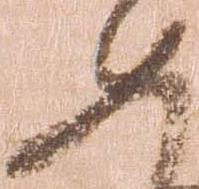
如